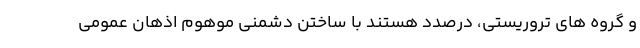
و گروه های تروریستی، درصدد هستند با ساختن دشمنی موهوم اذهان عمومی